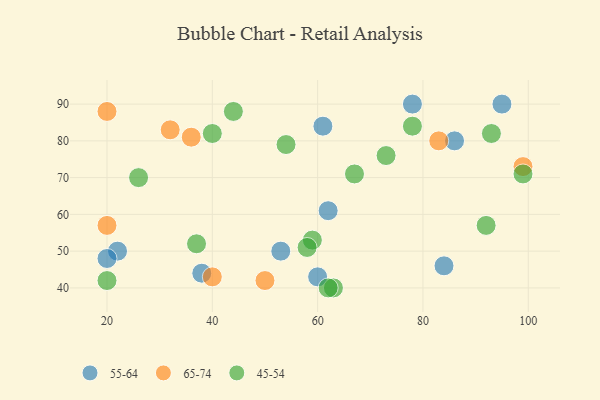
{"axis": {"x": "GDP", "y": "Life Expectancy"}, "legend": ["45-54", "55-64", "65-74"], "data": [{"x": "53", "y": 50, "type": "55-64"}, {"x": "86", "y": 80, "type": "55-64"}, {"x": "95", "y": 90, "type": "55-64"}, {"x": "61", "y": 84, "type": "55-64"}, {"x": "84", "y": 46, "type": "55-64"}, {"x": "78", "y": 90, "type": "55-64"}, {"x": "22", "y": 50, "type": "55-64"}, {"x": "60", "y": 43, "type": "55-64"}, {"x": "38", "y": 44, "type": "55-64"}, {"x": "62", "y": 61, "type": "55-64"}, {"x": "20", "y": 48, "type": "55-64"}, {"x": "40", "y": 43, "type": "65-74"}, {"x": "32", "y": 83, "type": "65-74"}, {"x": "36", "y": 81, "type": "65-74"}, {"x": "50", "y": 42, "type": "65-74"}, {"x": "99", "y": 73, "type": "65-74"}, {"x": "20", "y": 57, "type": "65-74"}, {"x": "83", "y": 80, "type": "65-74"}, {"x": "20", "y": 88, "type": "65-74"}, {"x": "92", "y": 57, "type": "45-54"}, {"x": "73", "y": 76, "type": "45-54"}, {"x": "59", "y": 53, "type": "45-54"}, {"x": "93", "y": 82, "type": "45-54"}, {"x": "54", "y": 79, "type": "45-54"}, {"x": "78", "y": 84, "type": "45-54"}, {"x": "67", "y": 71, "type": "45-54"}, {"x": "99", "y": 71, "type": "45-54"}, {"x": "44", "y": 88, "type": "45-54"}, {"x": "20", "y": 42, "type": "45-54"}, {"x": "63", "y": 40, "type": "45-54"}, {"x": "62", "y": 40, "type": "45-54"}, {"x": "40", "y": 82, "type": "45-54"}, {"x": "37", "y": 52, "type": "45-54"}, {"x": "58", "y": 51, "type": "45-54"}, {"x": "26", "y": 70, "type": "45-54"}]}